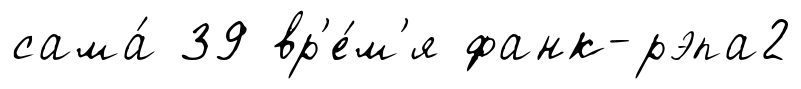
сама́ 39 вр'е́м'я фанк-рэпа2